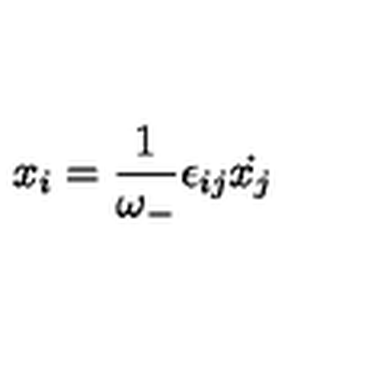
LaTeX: x _ { i } = \frac { 1 } { \omega _ { - } } \epsilon _ { i j } { \dot { x _ { j } } }